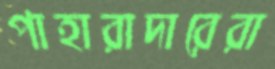
পাহারাদারেরা